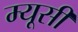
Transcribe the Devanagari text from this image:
म्यूसी